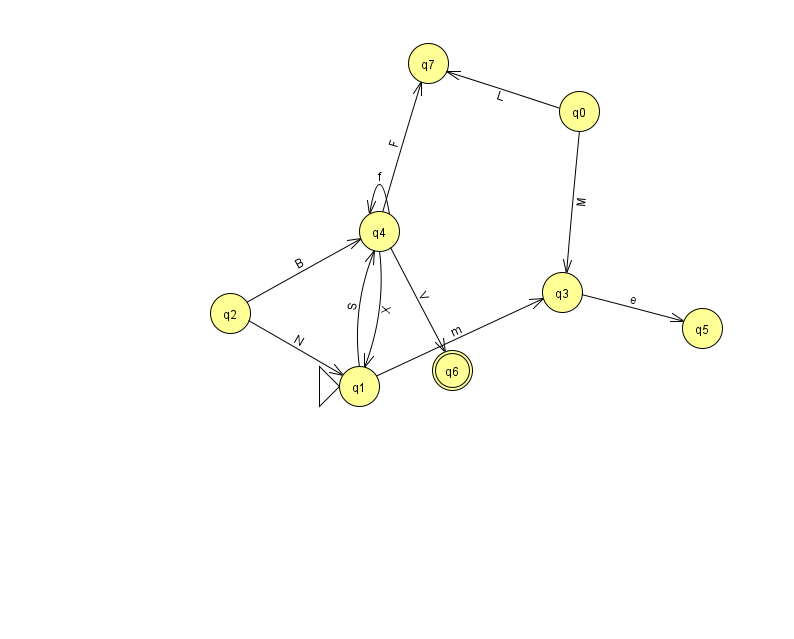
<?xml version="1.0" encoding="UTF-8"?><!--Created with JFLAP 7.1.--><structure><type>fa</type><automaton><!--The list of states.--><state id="0" name="q0"><x>579.0</x><y>98.0</y></state><state id="1" name="q1"><x>359.0</x><y>373.0</y><initial/></state><state id="2" name="q2"><x>230.0</x><y>300.0</y></state><state id="3" name="q3"><x>562.0</x><y>279.0</y></state><state id="4" name="q4"><x>379.0</x><y>218.0</y></state><state id="5" name="q5"><x>702.0</x><y>315.0</y></state><state id="6" name="q6"><x>452.0</x><y>357.0</y><final/></state><state id="7" name="q7"><x>428.0</x><y>50.0</y></state><!--The list of transitions.--><transition><from>0</from><to>7</to><read>L</read></transition><transition><from>1</from><to>4</to><read>S</read></transition><transition><from>2</from><to>4</to><read>B</read></transition><transition><from>4</from><to>7</to><read>F</read></transition><transition><from>0</from><to>3</to><read>M</read></transition><transition><from>4</from><to>4</to><read>f</read></transition><transition><from>4</from><to>1</to><read>X</read></transition><transition><from>4</from><to>6</to><read>V</read></transition><transition><from>1</from><to>3</to><read>m</read></transition><transition><from>3</from><to>5</to><read>e</read></transition><transition><from>2</from><to>1</to><read>N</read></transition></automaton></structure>